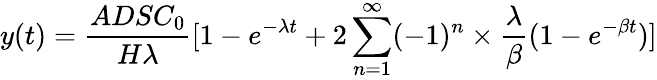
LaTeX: y(t)=\frac{ADSC_{0}}{H\lambda}[1-e^{-\lambda t}+2\sum_{n=1}^{\infty}(-1)^{n}\times\frac{\lambda}{\beta}(1-e^{-\beta t})]